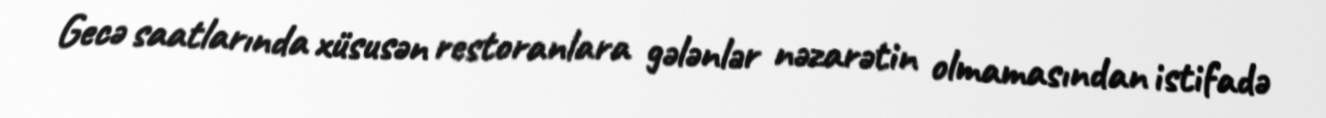
Gecə saatlarında xüsusən restoranlara gələnlər nəzarətin olmamasından istifadə